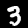
Digit: 3